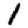
Digit: 1